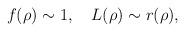
LaTeX: \begin{align*}f(\rho) \sim 1, \quad L(\rho) \sim r(\rho),\end{align*}